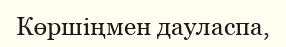
Көршіңмен дауласпа,